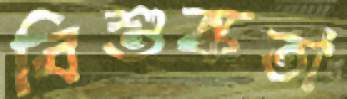
বিশুষ্কতা